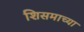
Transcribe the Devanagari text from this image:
शिसमाच्या